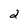
Character: 2